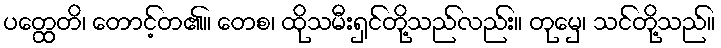
ပတ္ထေတိ၊ တောင့်တ၏။ တေစ၊ ထိုသမီးရှင်တို့သည်လည်း။ တုမှေ၊ သင်တို့သည်။